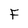
Character: F